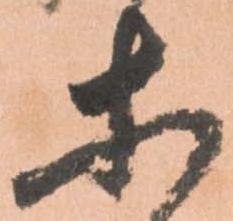
等